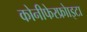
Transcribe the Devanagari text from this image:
कोनीफेरफ्रोाइटा